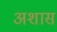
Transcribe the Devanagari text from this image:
अशास